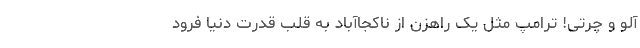
آلو و چُرتی! ترامپ مثل یک راهزن از ناکجاآباد به قلب قدرت دنیا فرود